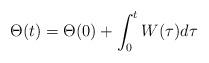
LaTeX: \begin{align*} \Theta(t) = \Theta(0) + \int_0^t W(\tau) d\tau\end{align*}